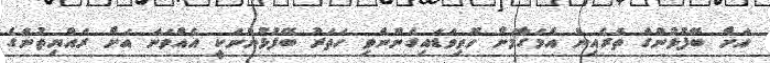
އަށް ބޭފުޅުންގެ ތެރެއިން އެމަގާމަށް ހޮވިވަޑައިގެންނެވި ހަތަރު ބޭފުޅުންނަކީ އެއްވަނަ އަށް ރައްޔިތުންގެ